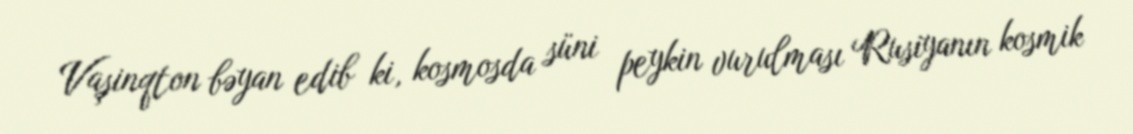
Vaşinqton bəyan edib ki, kosmosda süni peykin vurulması Rusiyanın kosmik